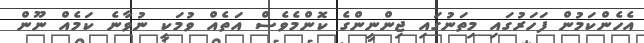
އެހެންކަމުން ފަހަރުގައި މިތަނުގައި ޖިންނީންގެ ކޮންމެވެސް އަތެއް ވުމަކީ ނުވާނެ ކަމެއް ނޫން